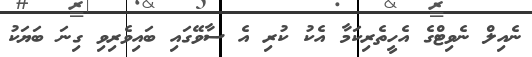
ނެއިލް ނެވިޓްގެ އެހީތެރިކަމާ އެކު ކުރި އެ ސާވޭގައި ބައިވެރިވި ގިނަ ބަޔަކު